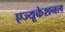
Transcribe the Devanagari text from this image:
एज्यूकेशनल